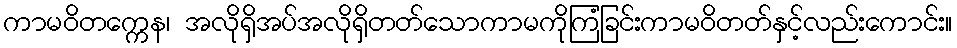
ကာမဝိတက္ကေန၊ အလိုရှိအပ်အလိုရှိတတ်သောကာမကိုကြံခြင်းကာမဝိတတ်နှင့်လည်းကောင်း။